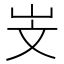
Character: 㞵